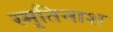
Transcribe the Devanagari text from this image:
स्मृतिनाश